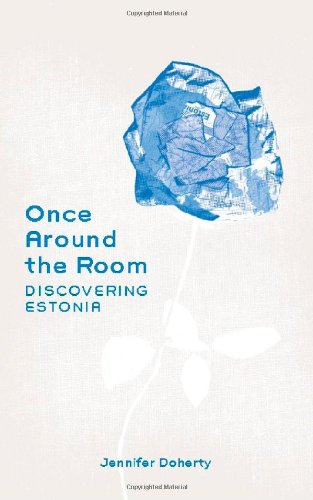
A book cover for Once Around the Room: Discovering Estonia; Jennifer Doherty; Travel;